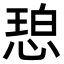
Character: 𫺠